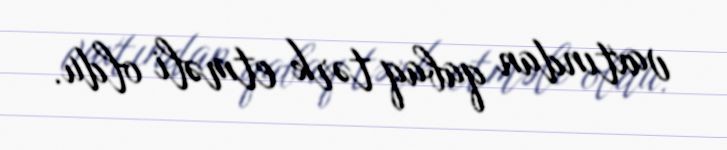
vaxtından qabaq tərk etməli oldu.